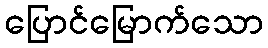
ပြောင်မြောက်သော